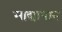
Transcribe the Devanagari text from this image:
माद्यापान